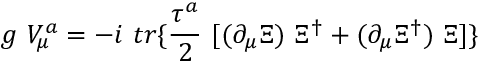
g ~ V _ { \mu } ^ { a } = - i ~ t r \{ \frac { \tau ^ { a } } { 2 } ~ [ ( \partial _ { \mu } \Xi ) ~ \Xi ^ { \dag } + ( \partial _ { \mu } \Xi ^ { \dag } ) ~ \Xi ] \}